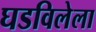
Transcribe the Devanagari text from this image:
घडविलेला